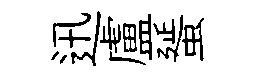
迅盧蜑